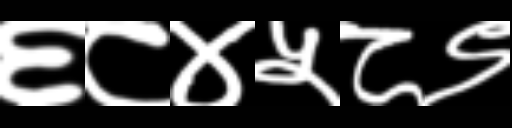
Text: ६८४५८९